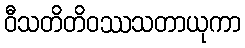
ဝီသတိတိဝဿသတာယုကာ